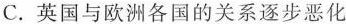
C.英国与欧洲各国的关系逐步恶化